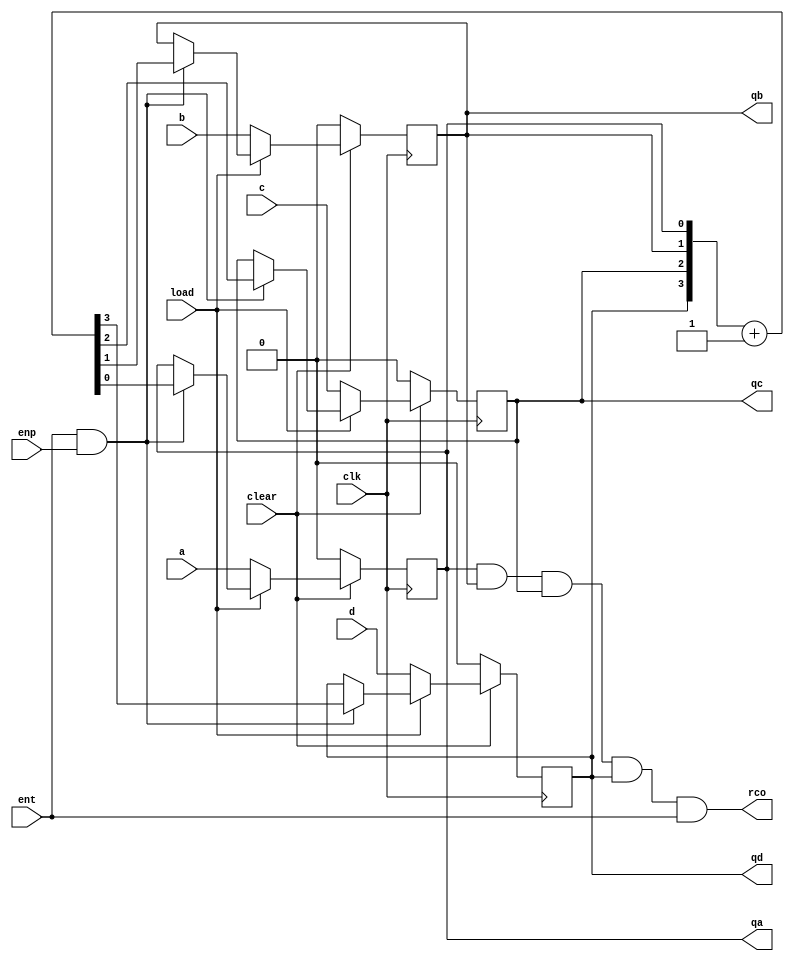
`timescale 1ns / 1ps
//////////////////////////////////////////////////////////////////////////////////
// Company: 
// Engineer: 
// 
// Design Name: 
// Module Name:    ls163_lab2 
// Project Name: 
// Target Devices: 
// Tool versions: 
// Description: 
//
// Dependencies: 
//
// Revision: 
// Revision 0.01 - File Created
// Additional Comments: 
//
//////////////////////////////////////////////////////////////////////////////////
module ls163_lab2(
    input clk,
    input ent,
    input enp,
    input load,
    input clear,
    input a,
    input b,
    input c,
    input d,
    output reg qa,
    output reg qb,
    output reg qc,
    output reg qd,
    output rco
    );


assign rco = qa&qb&qc&qd&ent ;

always @(posedge clk) begin
	
	if (~clear) begin
		{qd,qc,qb,qa} <= 4'd0;
	end

	else if (~load) begin
	
		{qd,qc,qb,qa} <= {d,c,b,a};	
	
	end

	else if (ent & enp) begin
	
		{qd,qc,qb,qa}<={qd,qc,qb,qa}+4'd1;	

	end
	
end

endmodule